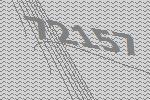
72157